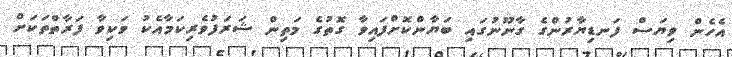
އެހެން ވިޔަސް ފަނޑިޔާރުންގެ ގާނޫނުގައި ބަޔާންކޮށްފައިވާ ގޮތުގެ މަތިން ޝަރަފުވެރިކަމާއެކު ވަކިވާ ފަރާތްތަކަށް